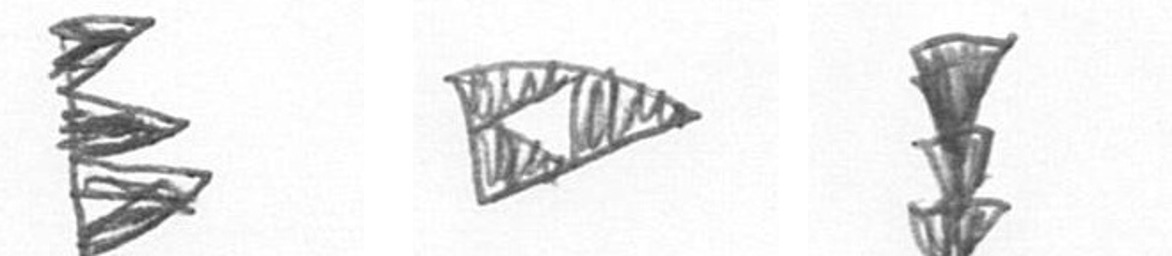
H K E